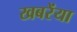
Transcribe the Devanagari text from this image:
खबरेंया